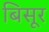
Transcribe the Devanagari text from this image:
बिसूर